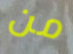
من